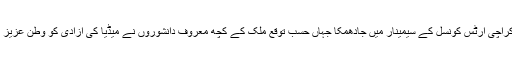
کراچی پریس کلب والوں کی شہ پا کر میں کراچی آرٹس کونسل کے سیمینار میں جادھمکا جہاں حسب توقع ملک کے کچھ معروف دانشوروں نے میڈیا کی آزادی کو وطن عزیز کی بقاء کیلئے ایک بہت بڑا خطرہ قرار دیا۔